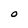
Character: O